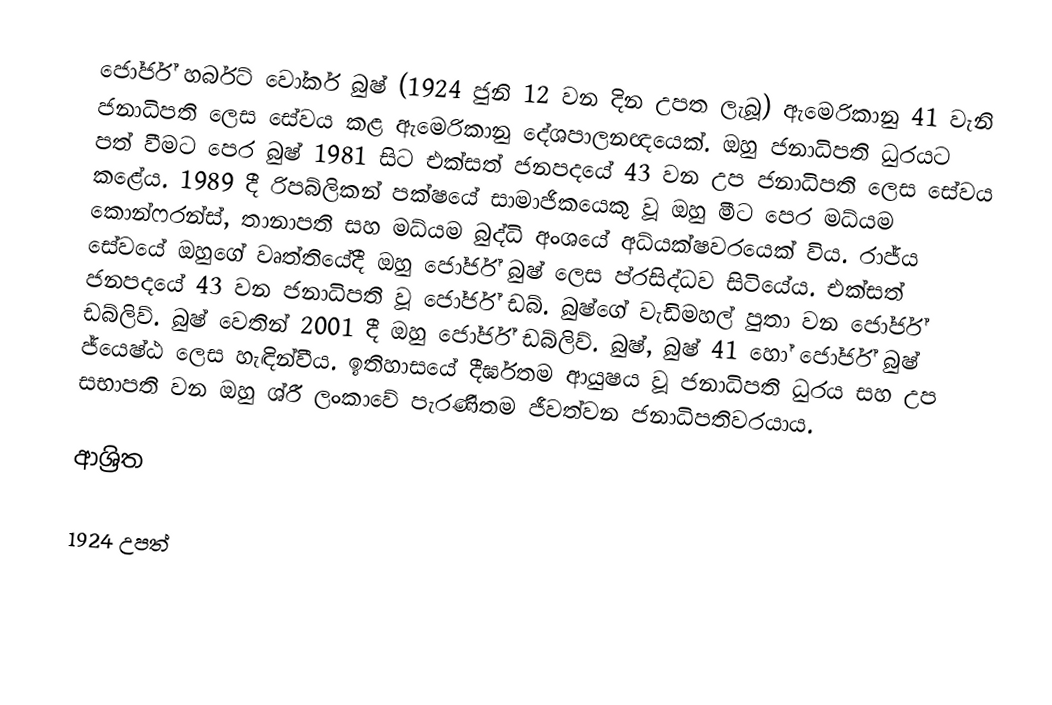
ජෝර්ජ් හර්බට් වෝකර් බුෂ් (1924 ජුනි 12 වන දින උපත ලැබූ) ඇමෙරිකානු 41 වැනි ජනාධිපති ලෙස සේවය කළ ඇමෙරිකානු දේශපාලනඥයෙක්. ඔහු ජනාධිපති ධුරයට පත් වීමට පෙර බුෂ් 1981 සිට එක්සත් ජනපදයේ 43 වන උප ජනාධිපති ලෙස සේවය කළේය. 1989 දී රිපබ්ලිකන් පක්ෂයේ සාමාජිකයෙකු වූ ඔහු මීට පෙර මධ්යම කොන්ෆරන්ස්, තානාපති සහ මධ්යම බුද්ධි අංශයේ අධ්යක්ෂවරයෙක් විය. රාජ්ය සේවයේ ඔහුගේ වෘත්තියේදී ඔහු ජෝර්ජ් බුෂ් ලෙස ප්රසිද්ධව සිටියේය. එක්සත් ජනපදයේ 43 වන ජනාධිපති වූ ජෝර්ජ් ඩබ්. බුෂ්ගේ වැඩිමහල් පුතා වන ජෝර්ජ් ඩබ්ලිව්. බුෂ් වෙතින් 2001 දී ඔහු ජෝර්ජ් ඩබ්ලිව්. බුෂ්, බුෂ් 41 හෝ ජෝර්ජ් බුෂ් ජ්යෙෂ්ඨ ලෙස හැඳින්වීය. ඉතිහාසයේ දීර්ඝතම ආයුෂය වූ ජනාධිපති ධුරය සහ උප සභාපති වන ඔහු ශ්රී ලංකාවේ පැරණිතම ජීවත්වන ජනාධිපතිවරයාය.

ආශ්‍රිත

1924 උපත්